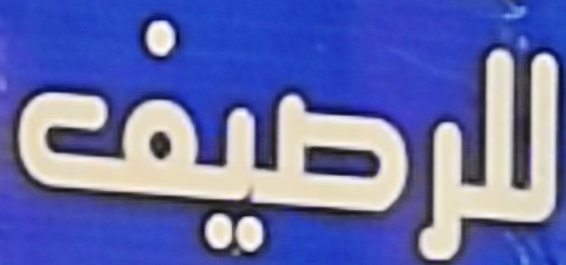
للرصيف